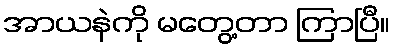
အာယနဲကို မတွေ့တာ ကြာပြီ။